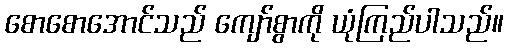
စောစောအောင်သည် ကျော်စွာကို ယုံကြည်ပါသည်။